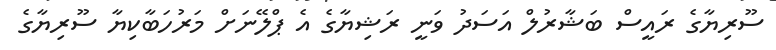
ސޫރިޔާގެ ރައީސް ބަޝާރުލް އަސަދު ވަނީ ރަޝިޔާގެ އެ ޕްލޭނަށް މަރުހަބާކިޔާ ސޫރިޔާގެ